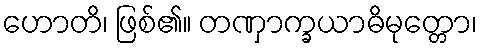
ဟောတိ၊ ဖြစ်၏။ တဏှာက္ခယာဓိမုတ္တော၊